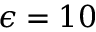
\epsilon = 1 0